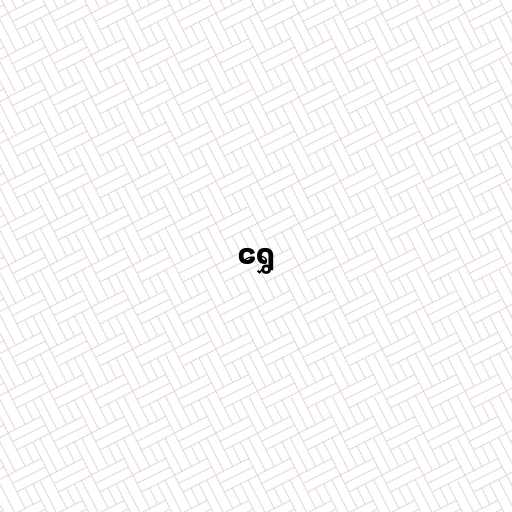
ရွှေ